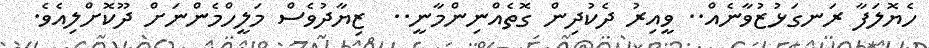
ހެޔޮލަފާ ރަނގަޅުޒުވާނެއް.. ވީއިރު ދެކުދިން ގޮތެއްނިންމާނީ..  ޒިޔާދުވެސް މަލީހްމެންނަށް ދޫކޮށްލިއެވެ.